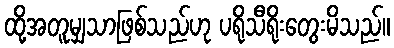
ထို့အတူမျှသာဖြစ်သည်ဟု ပရိုသီရိုးတွေးမိသည်။